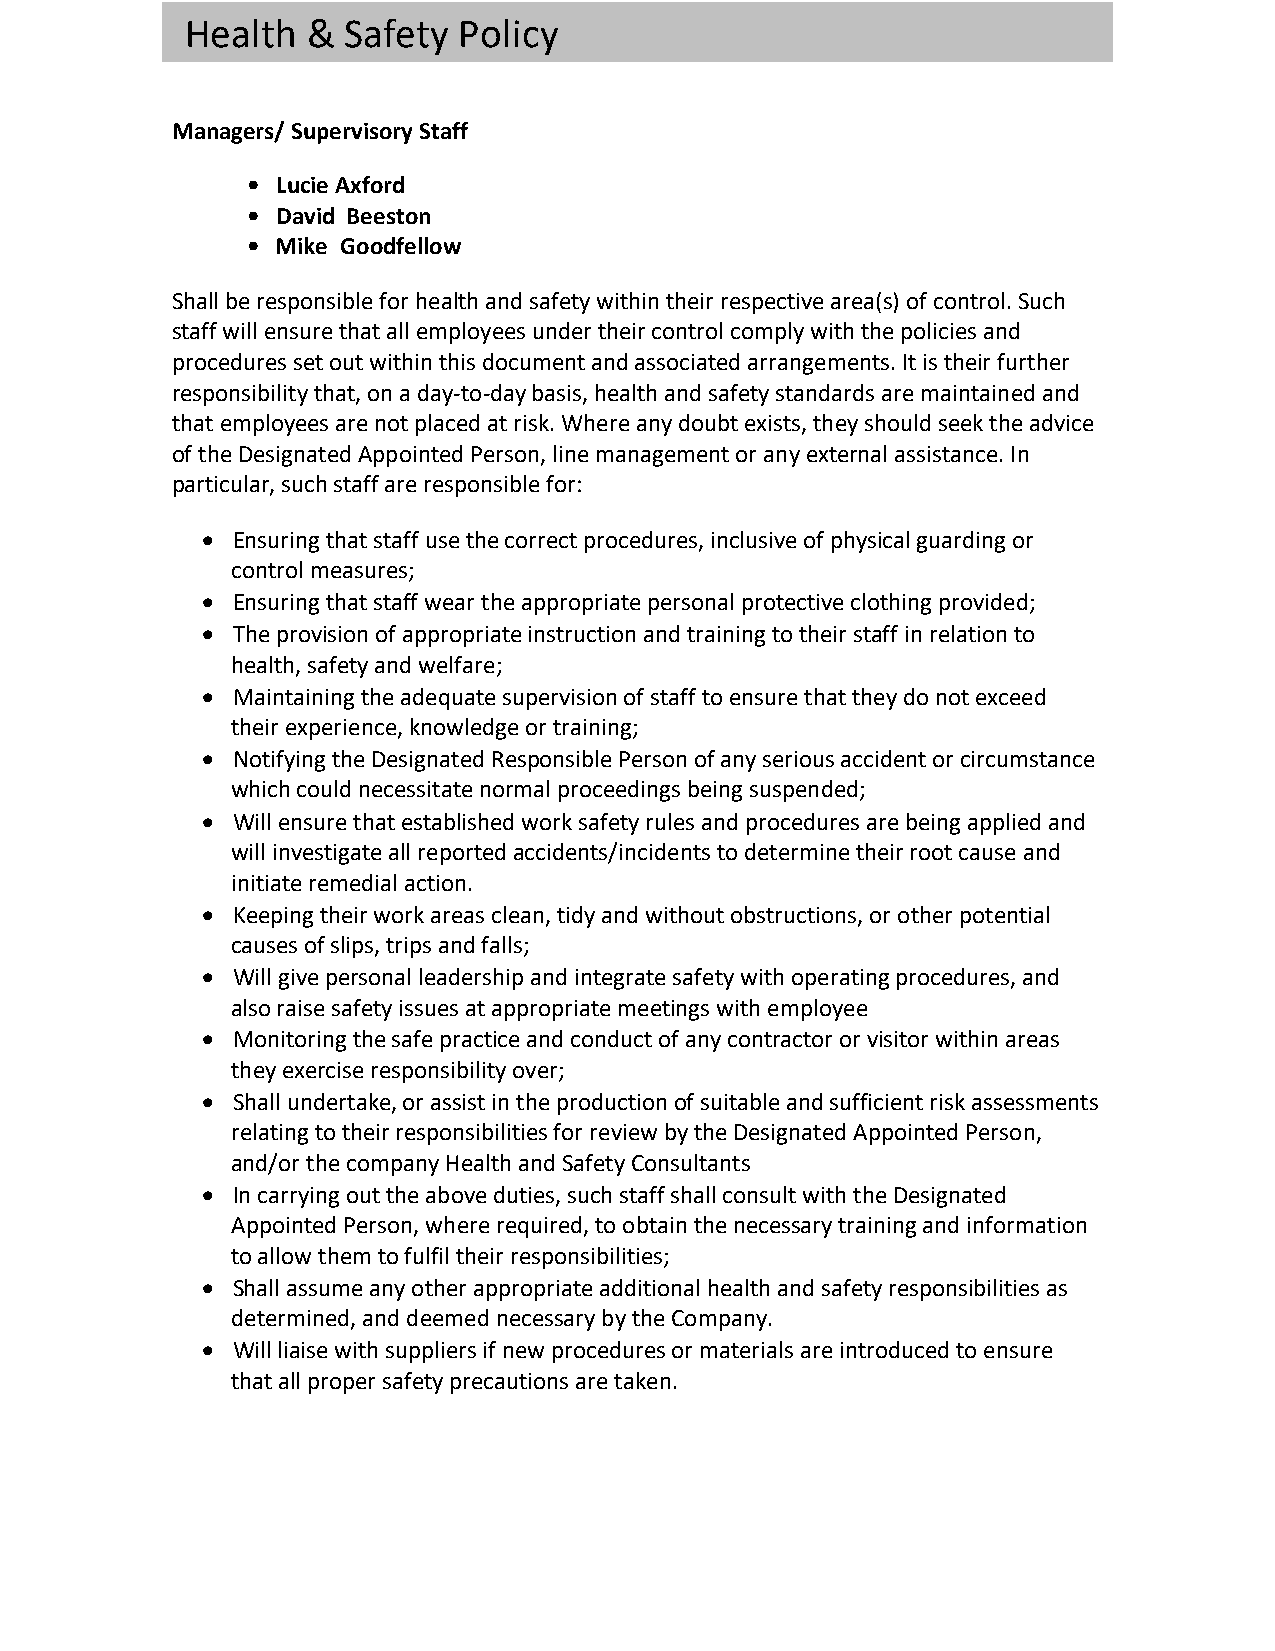
Health  &  Safety Policy
 Managers/ Supervisory Staff
 • Lucie Axford
 • David Beeston
 • Mike Goodfellow
 Shall be responsible for health and safety within their respective area(s) of control. Such
 staff will ensure that all employees under their control comply with the policies and
 procedures set out within this document and associated arrangements. It is their further
 responsibility that, on a day-to-day basis, health and safety standards are maintained and
 that employees are not placed at risk. Where any doubt exists, they should seek the advice
 of the Designated Appointed Person, line management or any external assistance. In
 particular, such staff are responsible for:
 • Ensuring that staff use the correct procedures, inclusive of physical guarding or
 control measures;
 • Ensuring that staff wear the appropriate personal protective clothing provided;
 • The provision of appropriate instruction and training to their staff in relation to
 health, safety and welfare;
 • Maintaining the adequate supervision of staff to ensure that they do not exceed
 their experience, knowledge or training;
 • Notifying the Designated Responsible Person of any serious accident or circumstance
 which could necessitate normal proceedings being suspended;
 • Will ensure that established work safety rules and procedures are being applied and
 will investigate all reported accidents/incidents to determine their root cause and
 initiate remedial action.
 • Keeping their work areas clean, tidy and without obstructions, or other potential
 causes of slips, trips and falls;
 • Will give personal leadership and integrate safety with operating procedures, and
 also raise safety issues at appropriate meetings with employee
 • Monitoring the safe practice and conduct of any contractor or visitor within areas
 they exercise responsibility over;
 • Shall undertake, or assist in the production of suitable and sufficient risk assessments
 relating to their responsibilities for review by the Designated Appointed Person,
 and/or the company Health and Safety Consultants
 • In carrying out the above duties, such staff shall consult with the Designated
 Appointed Person, where required, to obtain the necessary training and information
 to allow them to fulfil their responsibilities;
 • Shall assume any other appropriate additional health and safety responsibilities as
 determined, and deemed necessary by the Company.
 • Will liaise with suppliers if new procedures or materials are introduced to ensure
 that all proper safety precautions are taken.